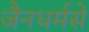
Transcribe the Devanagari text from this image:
जैनधर्मसे